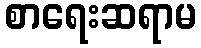
စာရေးဆရာမ